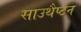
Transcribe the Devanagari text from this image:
साउथैप्टन